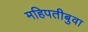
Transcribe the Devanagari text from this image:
महिपतीबुवा